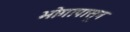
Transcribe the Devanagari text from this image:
भोगापासून